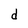
Character: d